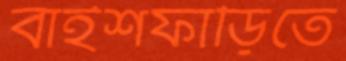
বাইশফাঁড়িতে